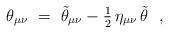
LaTeX: \begin{align*}\theta_{\mu\nu}~=~\tilde{\theta}_{\mu\nu} - {\textstyle{1\over 2}} \, \eta_{\mu\nu} \, \tilde{\theta}~~, \end{align*}